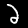
Label: 2